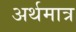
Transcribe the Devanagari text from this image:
अर्थमात्र